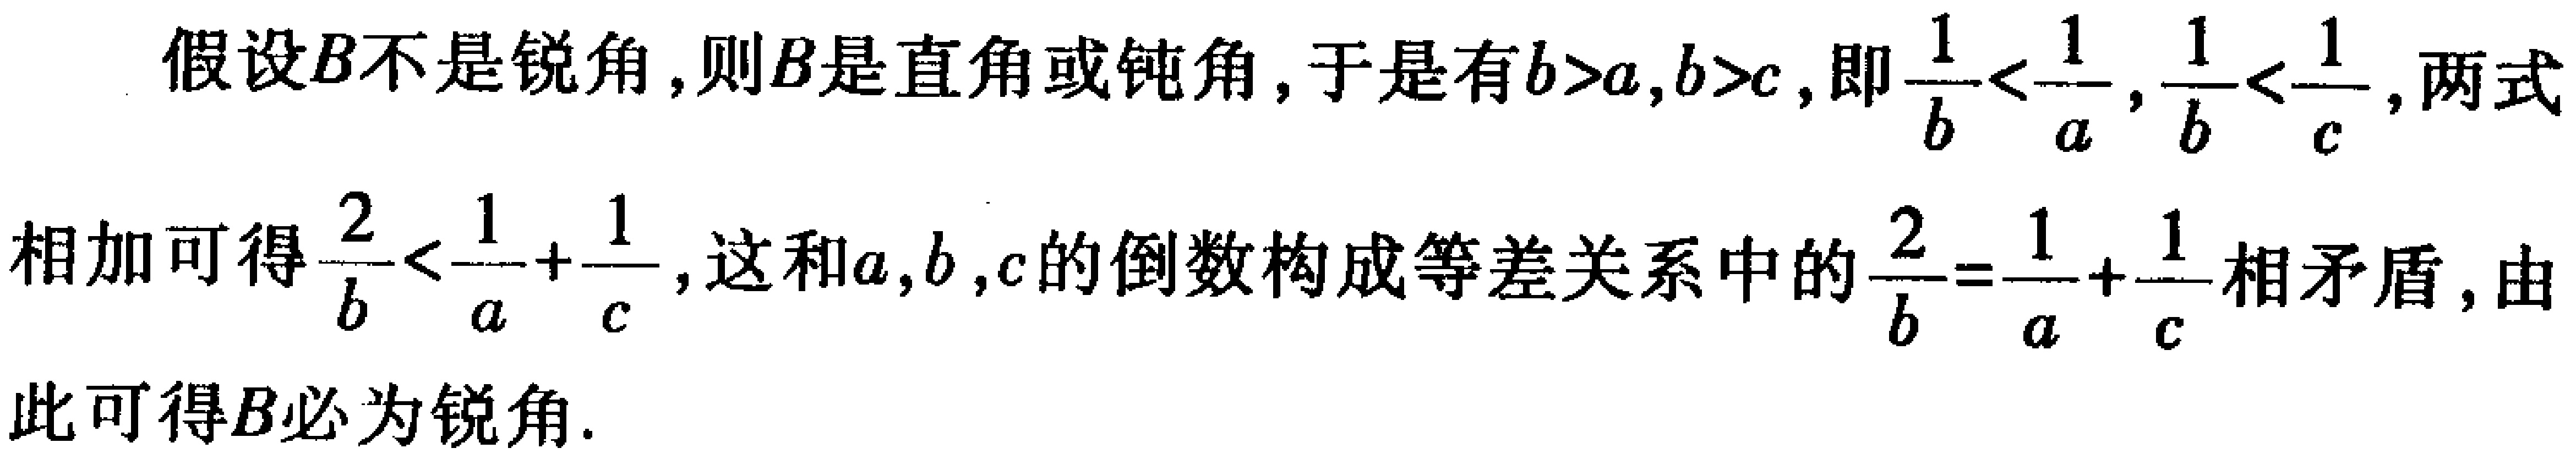
假设$B$不是锐角,则$B$是直角或钝角,于是有$b > a,b > c$,即$\frac{1}{b} < \frac{1}{a},\frac{1}{b} < \frac{1}{c}$,两式
相加可得$\frac{2}{b} < \frac{1}{a}+\frac{1}{c}$,这和$a,b,c$的倒数构成等差关系中的$\frac{2}{b}=\frac{1}{a}+\frac{1}{c}$相矛盾,由
此可得$B$必为锐角.